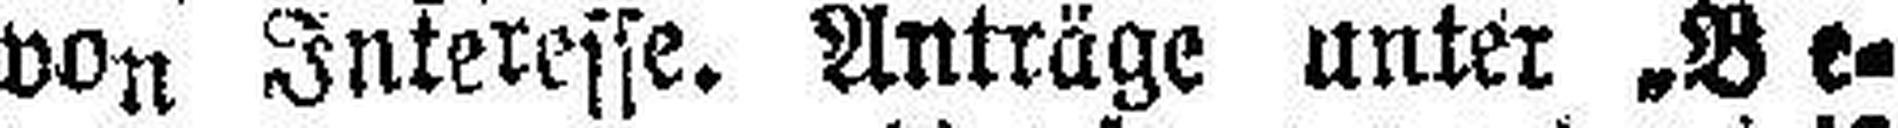
von Interesse. Anträge unter .Be¬